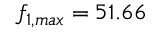
f _ { 1 , m a x } = 5 1 . 6 6